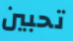
تحبين